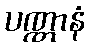
ပဏ္ဏာနံ